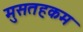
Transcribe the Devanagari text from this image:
मुसतहकम